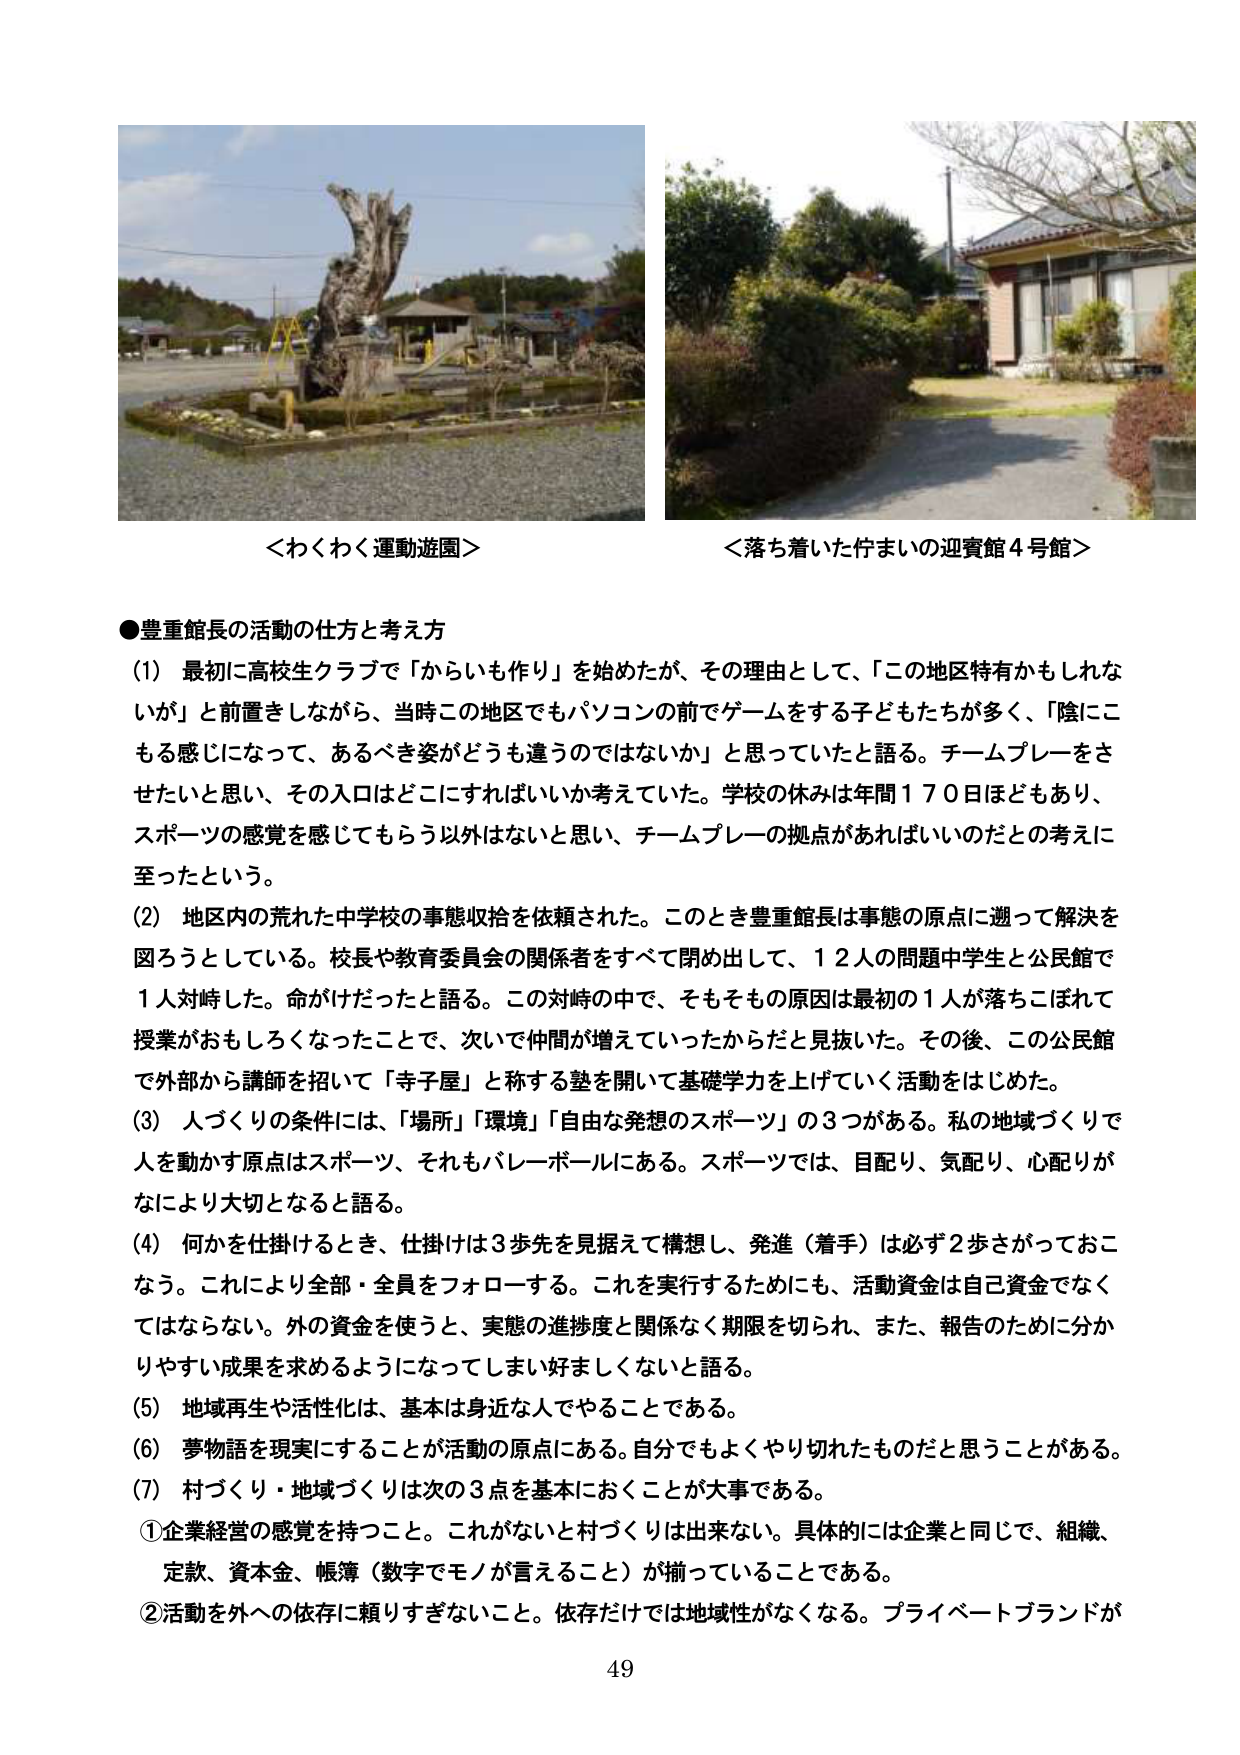
＜わくわく運動遊園＞
＜落ち着いた佇まいの迎賓館４号館＞

●豊重館長の活動の仕方と考え方
（1）最初に高校生クラブで「からいも作り」を始めたが、その理由として、「この地区特有かもしれないが」と前置きしながら、当時この地区でもパソコンの前でゲームをする子どもたちが多く、「陰にこもる感じになって、あるべき姿がどうも違うのではないか」と思っていたと語る。チームプレーをさせたいと思い、その入口はどこにすればいいか考えていた。学校の休みは年間１７０日ほどもあり、スポーツの感覚を感じてもらう以外はないと思い、チームプレーの拠点があればいいのだと考えに至ったという。
（2）地区内の荒れた中学校の事態収拾を依頼された。このとき豊重館長は事態の原点に遡って解決を図ろうとしている。校長や教育委員会の関係者をすべて閉め出して、１２人の問題中学生と公民館で１人対峙した。命がけだったと語る。この対峙の中で、そもそもその原因は最初の１人が落ちこぼれて授業がおもしろくなったことで、次いで仲間が増えていったからだと見抜いた。その後、この公民館で外部から講師を招いて「寺子屋」と称する塾を開いて基礎学力を上げていく活動をはじめた。
（3）人づくりの条件には、「場所」「環境」「自由な発想のスポーツ」の３つがある。私の地域づくりで人を動かす原点はスポーツ、それもバレーボールにある。スポーツでは、目配り、気配り、心配りがなにより大切となると語る。
（4）何かを仕掛けるとき、仕掛けは３歩先を見据えて構想し、発進（着手）は必ず２歩さがっておこなう。これにより全部・全員をフォローする。これを実行するためにも、活動資金は自己資金でなくてはならない。外の資金を使うと、実態の進捗度と関係なく期限を切られ、また、報告のために分かりやすい成果を求めるようになってしまい好ましくないと語る。
（5）地域再生や活性化は、基本は身近な人でやることである。
（6）夢物語を現実にすることが活動の原点にある。自分でもよくやり切れたものだと思うことがある。
（7）村づくり・地域づくりは次の３点を基本におくことが大事である。
①企業経営の感覚を持つこと。これがないと村づくりは出来ない。具体的には企業と同じで、組織、定款、資本金、帳簿（数字でモノが言えること）が揃っていることである。
②活動を外への依存に頼りすぎないこと。依存だけでは地域性がなくなる。プライベートブランドが

49